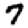
Digit: 7